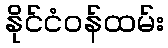
နိုင်ငံဝန်ထမ်း